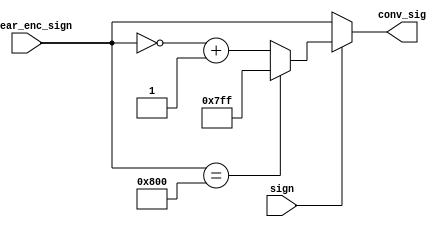
`timescale 1ns / 1ps
//////////////////////////////////////////////////////////////////////////////////
// Company: UCLA: CS M152A
// 
// Design Name: 
// Module Name:    C:/Users/JasonLess/Documents/Lab/lab2_completed/sign_mag_converter.v
// Project Name: 
// Target Devices: 
// Tool versions: 
// Description: 
//
// Dependencies: 
//
// Revision: 
// Revision 0.01 - File Created
// Additional Comments: 
//
//////////////////////////////////////////////////////////////////////////////////
module sign_mag_converter(
  //Input
  linear_enc_sign, sign,
  //Output
  conv_sig
  );
  
  input [11:0] linear_enc_sign;
  input sign; // = linear_enc_sign[11]
  output [11:0] conv_sig;
  
  // Temp variable to assign conversion of SM to output variable
  reg [11:0] temp_conv_sig;
  
  always @ (*) begin
	 temp_conv_sig = conv_sig;
    // If the 2's complement value is a negative number
	 if(sign == 1) begin
	   // If it is the smallest 2's complement value, then
		// set to largest 2's complement value (avoiding overflow)
	   if(linear_enc_sign == -12'b100000000000) begin
			temp_conv_sig = 12'b011111111111;
      end
		else begin
      temp_conv_sig = (~linear_enc_sign) + 1;
		end
    // If the 2's complement value is positive, leave as is
    end
    else begin
       temp_conv_sig = linear_enc_sign;
     end
   end
	
	assign conv_sig = temp_conv_sig;
	
endmodule